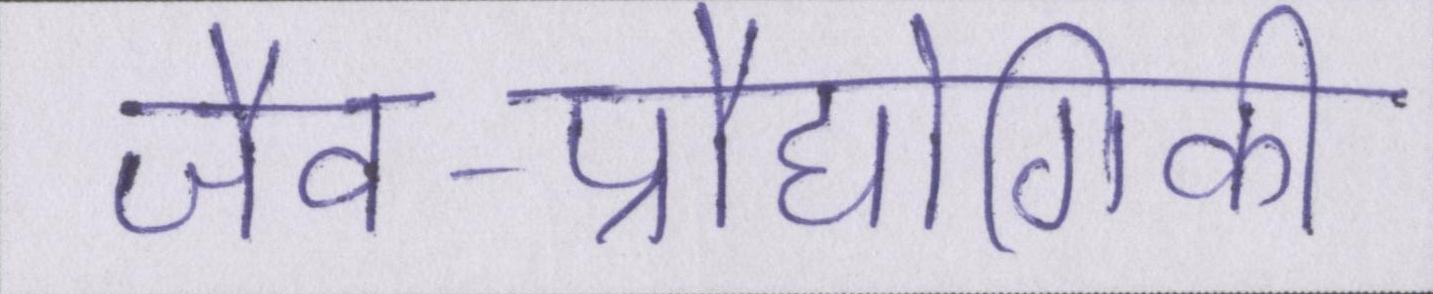
जैव-प्रौद्योगिकी